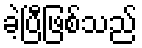
ခဲ့ပြီဖြစ်သည်